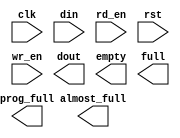
module cdq_rx_fifo_512x36(
	clk,
	din,
	rd_en,
	rst,
	wr_en,
	almost_full,
	dout,
	empty,
	full,
	prog_full);


input clk;
input [35 : 0] din;
input rd_en;
input rst;
input wr_en;
output almost_full;
output [35 : 0] dout;
output empty;
output full;
output prog_full;

// synthesis translate_off

      FIFO_GENERATOR_V4_2 #(
		.C_COMMON_CLOCK(1),
		.C_COUNT_TYPE(0),
		.C_DATA_COUNT_WIDTH(10),
		.C_DEFAULT_VALUE("BlankString"),
		.C_DIN_WIDTH(36),
		.C_DOUT_RST_VAL("0"),
		.C_DOUT_WIDTH(36),
		.C_ENABLE_RLOCS(0),
		.C_FAMILY("virtex2p"),
		.C_FULL_FLAGS_RST_VAL(1),
		.C_HAS_ALMOST_EMPTY(0),
		.C_HAS_ALMOST_FULL(1),
		.C_HAS_BACKUP(0),
		.C_HAS_DATA_COUNT(0),
		.C_HAS_INT_CLK(0),
		.C_HAS_MEMINIT_FILE(0),
		.C_HAS_OVERFLOW(0),
		.C_HAS_RD_DATA_COUNT(0),
		.C_HAS_RD_RST(0),
		.C_HAS_RST(1),
		.C_HAS_SRST(0),
		.C_HAS_UNDERFLOW(0),
		.C_HAS_VALID(0),
		.C_HAS_WR_ACK(0),
		.C_HAS_WR_DATA_COUNT(0),
		.C_HAS_WR_RST(0),
		.C_IMPLEMENTATION_TYPE(0),
		.C_INIT_WR_PNTR_VAL(0),
		.C_MEMORY_TYPE(1),
		.C_MIF_FILE_NAME("BlankString"),
		.C_OPTIMIZATION_MODE(0),
		.C_OVERFLOW_LOW(0),
		.C_PRELOAD_LATENCY(0),
		.C_PRELOAD_REGS(1),
		.C_PRIM_FIFO_TYPE("1kx36"),
		.C_PROG_EMPTY_THRESH_ASSERT_VAL(5),
		.C_PROG_EMPTY_THRESH_NEGATE_VAL(6),
		.C_PROG_EMPTY_TYPE(0),
		.C_PROG_FULL_THRESH_ASSERT_VAL(522),
		.C_PROG_FULL_THRESH_NEGATE_VAL(521),
		.C_PROG_FULL_TYPE(1),
		.C_RD_DATA_COUNT_WIDTH(9),
		.C_RD_DEPTH(1024),
		.C_RD_FREQ(125),
		.C_RD_PNTR_WIDTH(10),
		.C_UNDERFLOW_LOW(0),
		.C_USE_DOUT_RST(1),
		.C_USE_ECC(0),
		.C_USE_EMBEDDED_REG(0),
		.C_USE_FIFO16_FLAGS(0),
		.C_USE_FWFT_DATA_COUNT(0),
		.C_VALID_LOW(0),
		.C_WR_ACK_LOW(0),
		.C_WR_DATA_COUNT_WIDTH(9),
		.C_WR_DEPTH(1024),
		.C_WR_FREQ(125),
		.C_WR_PNTR_WIDTH(10),
		.C_WR_RESPONSE_LATENCY(1))
	inst (
		.CLK(clk),
		.DIN(din),
		.RD_EN(rd_en),
		.RST(rst),
		.WR_EN(wr_en),
		.ALMOST_FULL(almost_full),
		.DOUT(dout),
		.EMPTY(empty),
		.FULL(full),
		.PROG_FULL(prog_full),
		.INT_CLK(),
		.BACKUP(),
		.BACKUP_MARKER(),
		.PROG_EMPTY_THRESH(),
		.PROG_EMPTY_THRESH_ASSERT(),
		.PROG_EMPTY_THRESH_NEGATE(),
		.PROG_FULL_THRESH(),
		.PROG_FULL_THRESH_ASSERT(),
		.PROG_FULL_THRESH_NEGATE(),
		.RD_CLK(),
		.RD_RST(),
		.SRST(),
		.WR_CLK(),
		.WR_RST(),
		.ALMOST_EMPTY(),
		.DATA_COUNT(),
		.OVERFLOW(),
		.PROG_EMPTY(),
		.VALID(),
		.RD_DATA_COUNT(),
		.UNDERFLOW(),
		.WR_ACK(),
		.WR_DATA_COUNT(),
		.SBITERR(),
		.DBITERR());


// synthesis translate_on

endmodule